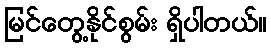
မြင်တွေ့နိုင်စွမ်း ရှိပါတယ်။